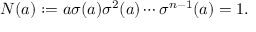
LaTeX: N ( a ) : = a \sigma ( a ) \sigma ^ { 2 } ( a ) \cdots \sigma ^ { n - 1 } ( a ) = 1 .